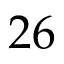
2 6